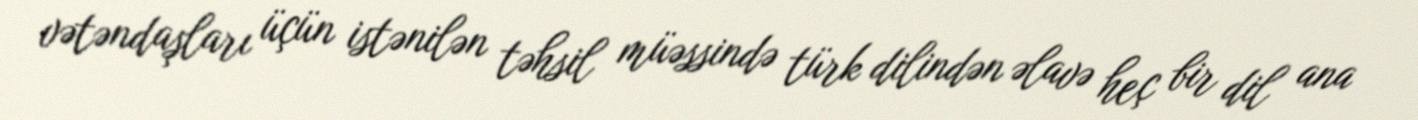
vətəndaşları üçün istənilən təhsil müəssində türk dilindən əlavə heç bir dil ana